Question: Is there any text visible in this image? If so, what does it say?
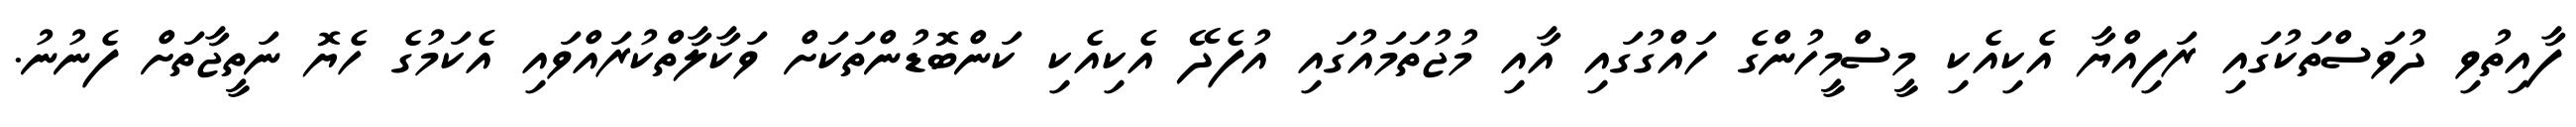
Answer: ފާއިތުވި ދުވަސްތަކުގައި ރަފިއްޔާ އެކިއެކި މީސްމީހުންގެ ހައްގުގައި އާއި މުޖުތަމައުގައި އުފެދޭ އެކިއެކި ކަންބޮޑުންތަކަށް ވަކާލާތްކުރައްވައި އެކަމުގެ ހެޔޮ ނަތީޖާތަށް ފެނުނު.